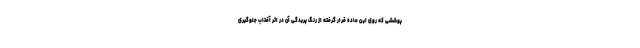
پوششی که روی این ماده قرار گرفته از رنگ پریدگی آن در اثر آفتاب جلوگیری